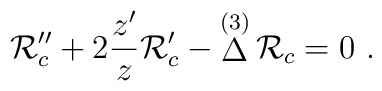
{\cal R}_c''+ 2{z'\over z}{\cal R}_c'-\mathop\Delta^{(3)}{\cal R}_c = 0 \ .